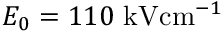
E _ { 0 } = 1 1 0 \ensuremath { ~ \mathrm { k V } \mathrm { c m } ^ { - 1 } }